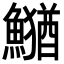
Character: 𮬎